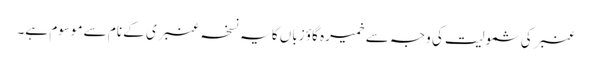
عنبر کی شمولیت کی وجہ سے خمیرہ گاؤ زباں کا یہ نسخہ عنبری کے نام سے موسوم ہے۔